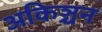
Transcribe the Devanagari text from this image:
अकिञ्चन